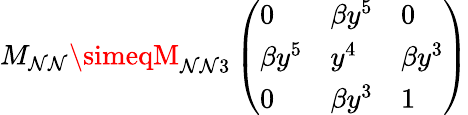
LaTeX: M_{\mathcal{N}\mathcal{N}}\simeqM_{\mathcal{N}\mathcal{N}3}\left(\begin{array}{lll}{{0}}&{{\beta y^{5}}}&{{0}}\\ {{\beta y^{5}}}&{{y^{4}}}&{{\beta y^{3}}}\\ {{0}}&{{\beta y^{3}}}&{{1}}\end{array}\right)